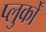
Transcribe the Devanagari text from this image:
प्लुर्कों